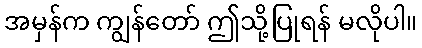
အမှန်က ကျွန်တော် ဤသို့ပြုရန် မလိုပါ။